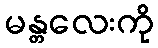
မန္တလေးကို